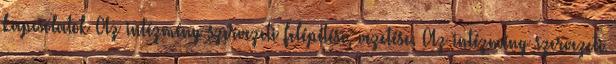
kapcsolatok Az intézmény szervezeti felépítése, vezetése. Az intézmény szervezeti